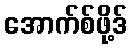
အောက်စ်ဖို့ဒ်